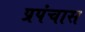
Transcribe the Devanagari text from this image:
प्रपंचास